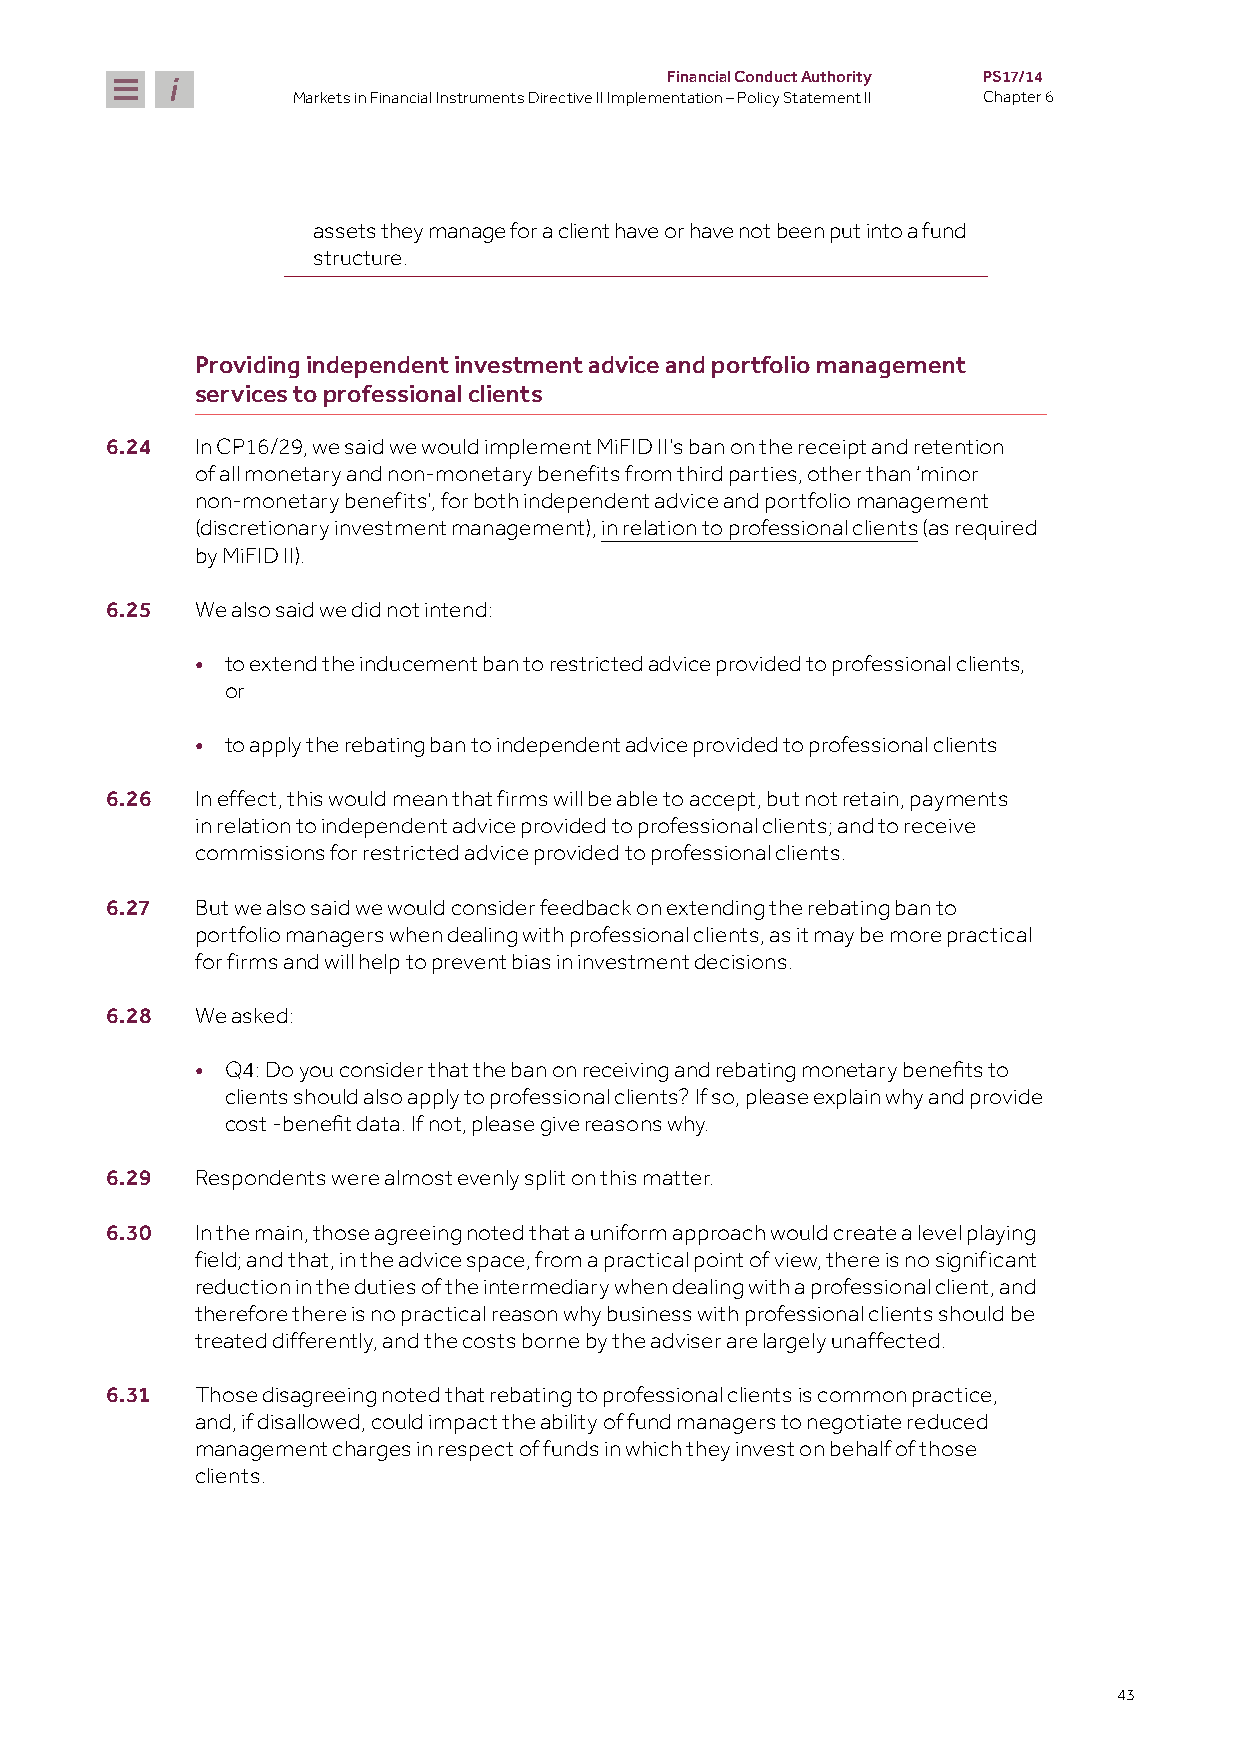
Financial Conduct Authority PS17/14
 Markets in Financial Instruments Directive II Implementation – Policy Statement II Chapter 6
 assets they manage for a client have or have not been put into a fund
 structure.
 Providing independent investment advice and portfolio management
 services to professional clients
 6.24  In CP16/29, we said we would implement MiFID II’s ban on the receipt and retention
 of all monetary and non-monetary benefits from third parties, other than ‘minor
 non-monetary benefits’, for both independent advice and portfolio management
 (discretionary investment management), in relation to professional clients (as required
 by MiFID II).
 6.25  We also said we did not intend:
 • to extend the inducement ban to restricted advice provided to professional clients,
 or
 • to apply the rebating ban to independent advice provided to professional clients
 6.26  In effect, this would mean that firms will be able to accept, but not retain, payments
 in relation to independent advice provided to professional clients; and to receive
 commissions for restricted advice provided to professional clients.
 6.27  But we also said we would consider feedback on extending the rebating ban to
 portfolio managers when dealing with professional clients, as it may be more practical
 for firms and will help to prevent bias in investment decisions.
 6.28  We asked:
 •
 Q4: Do you consider that the ban on receiving and rebating monetary benefits to
 clients should also apply to professional clients? If so, please explain why and provide
 cost -benefit data. If not, please give reasons why.
 6.29  Respondents were almost evenly split on this matter.
 6.30  In the main, those agreeing noted that a uniform approach would create a level playing
 field; and that, in the advice space, from a practical point of view, there is no significant
 reduction in the duties of the intermediary when dealing with a professional client, and
 therefore there is no practical reason why business with professional clients should be
 treated differently, and the costs borne by the adviser are largely unaffected.
 6.31  Those disagreeing noted that rebating to professional clients is common practice,
 and, if disallowed, could impact the ability of fund managers to negotiate reduced
 management charges in respect of funds in which they invest on behalf of those
 clients.
 43